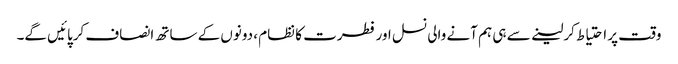
وقت پر احتیاط کرلینے سے ہی ہم آنے والی نسل اور فطرت کا نظام ، دونوں کے ساتھ انصاف کرپائیں گے۔